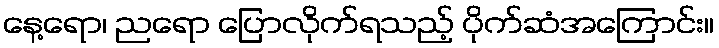
နေ့ရော၊ ညရော ပြောလိုက်ရသည့် ပိုက်ဆံအကြောင်း။